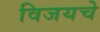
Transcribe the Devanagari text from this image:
विजयचे